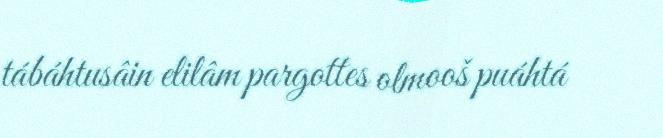
tábáhtusâin elilâm pargottes olmooš puáhtá